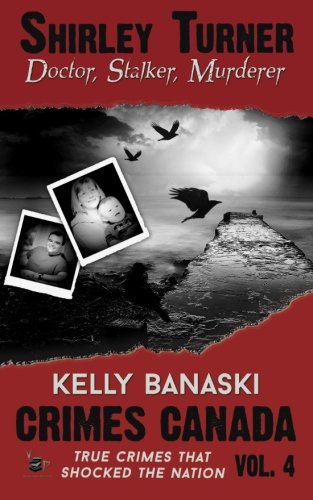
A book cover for Shirley Turner: Doctor, Stalker, Murderer (Crimes Canada: True Crimes That Shocked The Nation); Kelly Banaski; History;